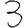
Digit: 3